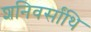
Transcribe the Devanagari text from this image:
शनिवर्सांथि